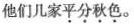
他们几家平分秋色。